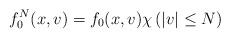
LaTeX: \begin{align*}f^N_0(x,v)=f_0(x,v)\chi\left(|v|\leq N\right) \end{align*}